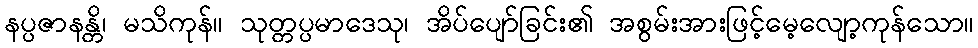
နပ္ပဇာနန္တိ၊ မသိကုန်။ သုတ္တပ္ပမာဒေသု၊ အိပ်ပျော်ခြင်း၏ အစွမ်းအားဖြင့်မေ့လျော့ကုန်သော။